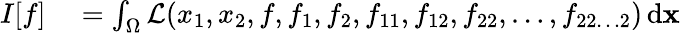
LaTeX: \begin{array}{rl}{I[f]}&{{}=\int_{\Omega}{\mathcal{L}}(x_{1},x_{2},f,f_{1},f_{2},f_{11},f_{12},f_{22},\dots,f_{22\dots 2})\, \mathrm{d}\mathbf{x}}\end{array}